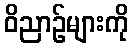
ဝိညာဉ်များကို